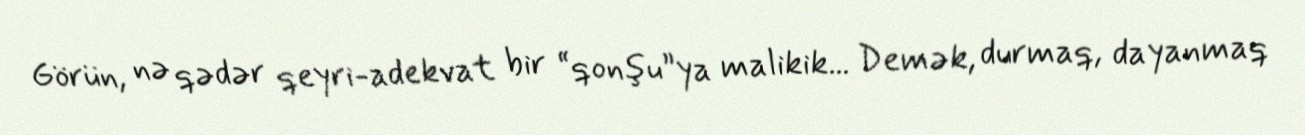
Görün, nə qədər qeyri-adekvat bir “qonşu”ya malikik... Demək, durmaq, dayanmaq